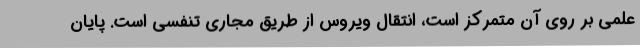
علمی بر روی آن متمرکز است، انتقال ویروس از طریق مجاری تنفسی است. پایان